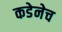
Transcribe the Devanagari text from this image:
कडेनेच